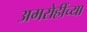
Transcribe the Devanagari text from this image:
अमरोहींच्या